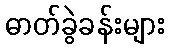
ဓာတ်ခွဲခန်းများ